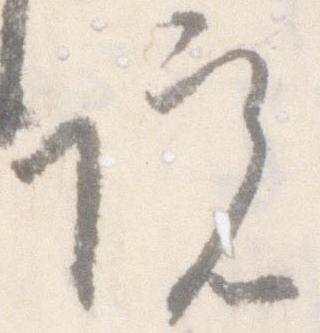
院